Report of an investigation of the epidemic of malarial fever in Assam, or, kala-azar
Disease focus: Malaria
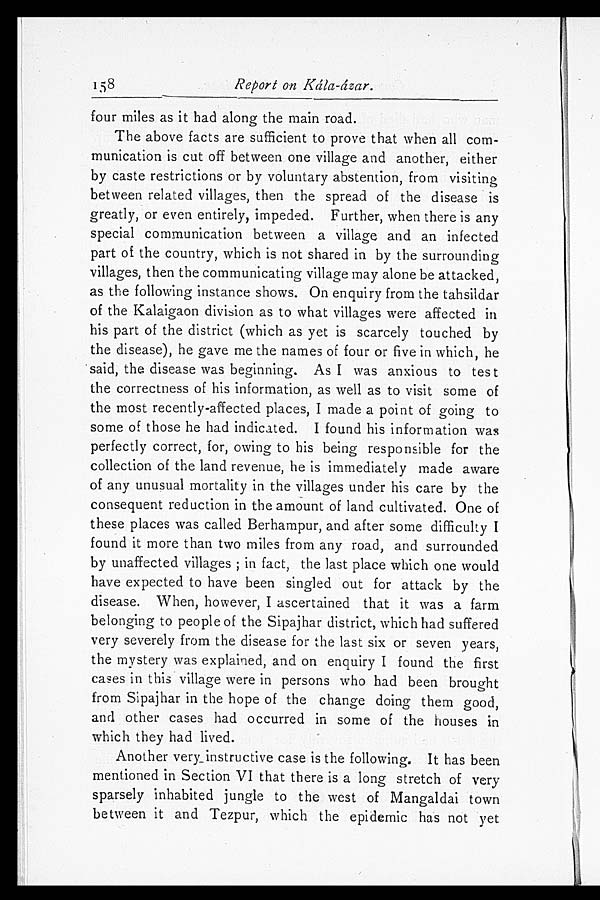
158
Report on Kála-ázar.
four miles as it had along the main road.
The above facts are sufficient to prove that when all com
- m u n i c a t i o n i s c u t o f f b e t w e e n o n e v i l l a g e a n d a n o t h e r , e i t h e r
by caste restrictions or by voluntary abstention, from visiting
between related villages, then the spread of the disease is
greatly, or even entirely, impeded. Further, when there is any
special communication between a village and an infected
part of the country, which is not shared in by the surrounding
villages, then the communicating village may alone be attacked,
as the following instance shows. On enquiry from the tahsildar
of the Kalaigaon division as to what villages were affected in
his part of the district (which as yet is scarcely touched by
the disease), he gave me the names of four or five in which, he
said, the disease was beginning. As I was anxious to test
the correctness of his information, as well as to visit some of
the most recently-affected places, I made a point of going to
some of those he had indicated. I found his information was
perfectly correct, for, owing to his being responsible for the
collection of the land revenue, he is immediately made aware
of any unusual mortality in the villages under his care by the
consequent reduction in the amount of land cultivated. One of
these places was called Berhampur, and after some difficulty I
found it more than two miles from any road, and surrounded
by unaffected villages; in fact, the last place which one would
have expected to have been singled out for attack by the
disease. When, however, I ascertained that it was a farm
belonging to people of the Sipajhar district, which had suffered
very severely from the disease for the last six or seven years,
the mystery was explained, and on enquiry I found the first
cases in this village were in persons who had been brought
from Sipajhar in the hope of the change doing them good,
and other cases had occurred in some of the houses in
which they had lived.
Another very instructive case is the following. It has been
mentioned in Section VI that there is a long stretch of very
sparsely inhabited jungle to the west of Mangaldai town
between it and Tezpur, which the epidemic has not yet